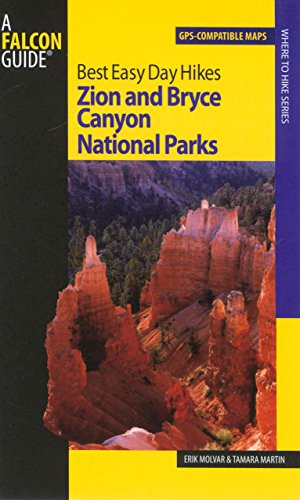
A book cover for Best Easy Day Hikes Zion and Bryce Canyon National Parks (Best Easy Day Hikes Series); Erik Molvar; Travel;